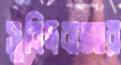
সুবিদবাজার